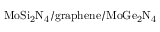
\mathrm { M o S i _ { 2 } N _ { 4 } / g r a p h e n e / M o G e _ { 2 } N _ { 4 } }